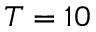
T = 1 0